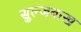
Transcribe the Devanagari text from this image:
सुल्जबाख